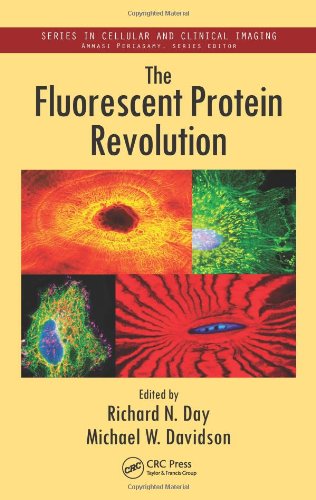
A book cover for The Fluorescent Protein Revolution (Series in Cellular and Clinical Imaging); Science & Math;